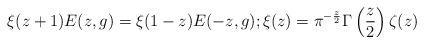
LaTeX: \begin{align*}\xi(z + 1)E(z,g) = \xi(1-z)E(-z,g); \xi(z) =\pi^{-\frac{z}{2}}\Gamma\left(\frac{z}{2}\right)\zeta(z)\end{align*}